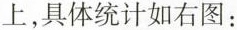
上，具体统计如右图：